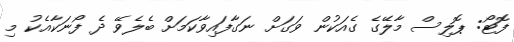
ފޮޓޯ: ޕޮލިސް މާލޭގެ ގެއަކުން ވަގަށް ނަގާފައިވާކަމަށް ބެލެވޭ ދެ ފޯނަކާއެކު މި